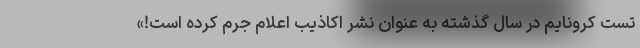
تست کرونایم در سال گذشته به عنوان نشر اکاذیب اعلام جرم کرده است!»